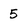
Character: 5